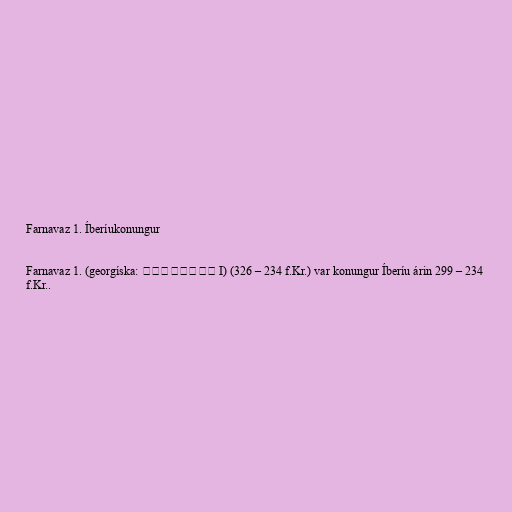
Farnavaz 1. Íberíukonungur

Farnavaz 1. (georgíska: ფარნავაზ I) (326 – 234 f.Kr.) var konungur Íberíu árin 299 – 234
f.Kr..